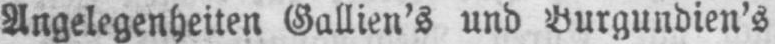
Angelegenheiten Gallien’s und Burgundien’s